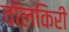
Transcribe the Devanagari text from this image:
वॉलकिरी